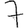
Digit: 7